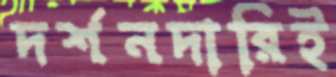
দর্শনদারিই